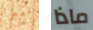
امبر ماذا